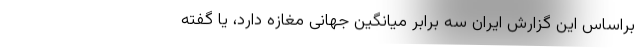
براساس این گزارش ایران سه برابر میانگین جهانی مغازه دارد، یا گفته